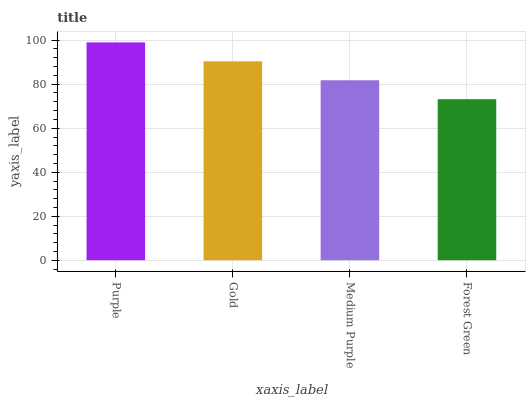
| xaxis_label | bars |
 | --- | --- |
 | Purple | 99 |
 | Gold | 90.4 |
 | Medium Purple | 81.8 |
 | Forest Green | 73.2 |